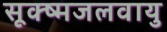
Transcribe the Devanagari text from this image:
सूक्ष्मजलवायु